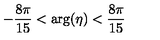
- { \frac { 8 \pi } { 1 5 } } < \mathrm { a r g } ( \eta ) < { \frac { 8 \pi } { 1 5 } }